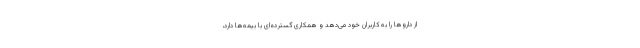
از داروها را به کاربران خود می‌دهد و همکاری گسترده‌ای با بیمه‌ها دارد،